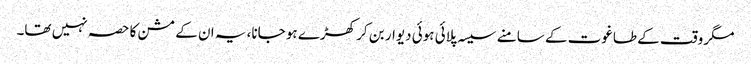
مگر وقت کے طاغوت کے سامنے سیسہ پلائی ہوئی دیوار بن کر کھڑے ہو جانا، یہ ان کے مشن کا حصہ نہیں تھا۔